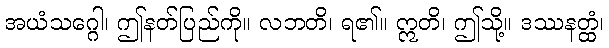
အယံသဂ္ဂေါ၊ ဤနတ်ပြည်ကို။ လဘတိ၊ ရ၏။ ဣတိ၊ ဤသို့။ ဒဿနတ္ထံ၊